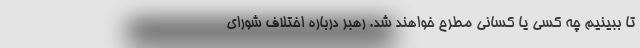
تا ببینیم چه کسی یا کسانی مطرح خواهند شد. رهبر درباره اختلاف شورای